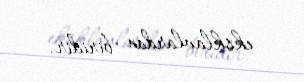
eksklavlardan biridir.